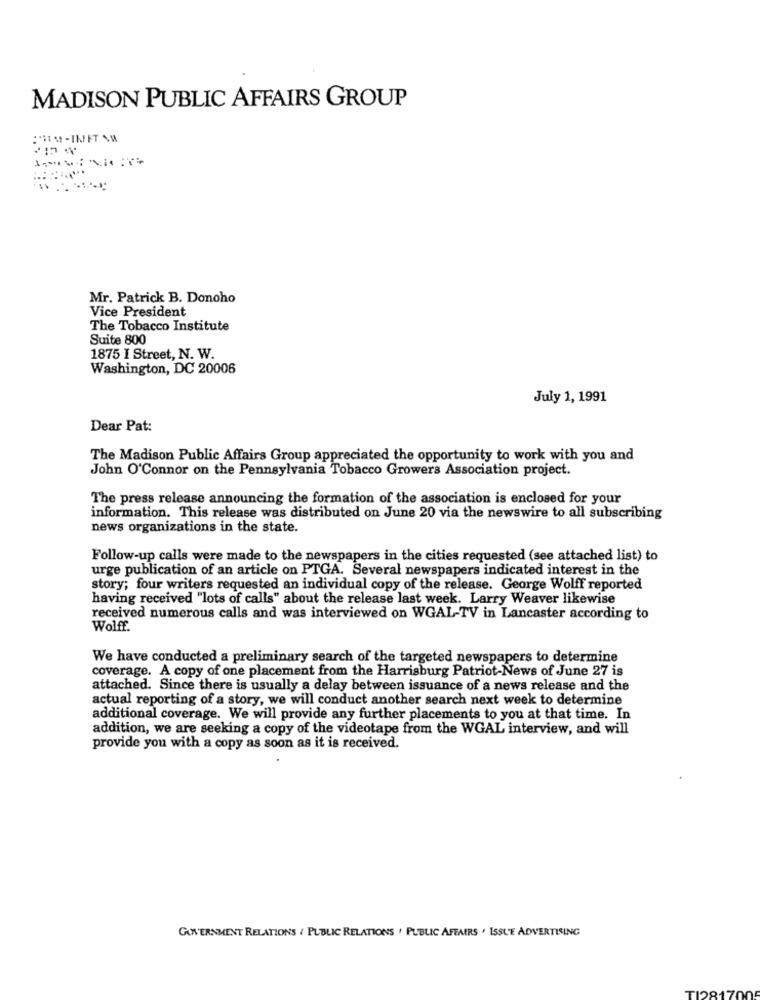
MADISON PUBLIC AFFAIRS GROUP
-
Mr. Patrick B. Donoho
Vice President
The Tobacco Institute
Suite 800
1875 I Street, N. W.
Washington, DC 20006
July 1, 1991
Dear Pat:
The Madison Public Affairs Group appreciated the opportunity to work with you and
John O'Connor on the Pennsylvania Tobacco Growers Association project.
The press release announcing the formation of the association is enclosed for your
information. This release was distributed on June 20 via the newswire to all subscribing
news organizations in the state.
Follow-up calls were made to the newspapers in the cities requested (see attached list) to
urge publication of an article on PTGA. Several newspapers indicated interest in the
story; four writers requested an individual copy of the release. George Wolff reported
having received "lots of calls" about the release last week. Larry Weaver likewise
received numerous calls and was interviewed on WGAL-TV in Lancaster according to
Wolff.
We have conducted a preliminary search of the targeted newspapers to determine
coverage. A copy of one placement from the Harrisburg Patriot-News of June 27 is
attached. Since there is usually a delay between issuance of a news release and the
actual reporting of a story, we will conduct another search next week to determine
additional coverage. We will provide any further placements to you at that time. In
addition, we are seeking a copy of the videotape from the WGAL interview, and will
provide you with a copy as soon as it is received.
GOVERNMENT RELATIONS / PUBLIC RELATIONS . PUBLIC AFFAIRS . ISSUE ADVERTISING